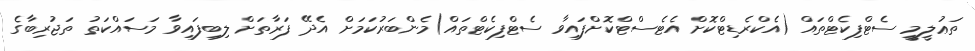
ތަޢުލީމީ ސެޓްފިކެޓްތައް (އެކްރެޑިޓްކޮށް އެޓެސްޓްކޮށްފައިވާ ސެޓްފިކެޓްތައް)މެންބަރުކަމަށް އެދޭ ފަރާތަށް ލިބިފައިވާ މަސައްކަތު ތަޖުރިބާގެ